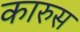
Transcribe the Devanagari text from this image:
कारुस